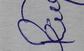
Signature authenticity: forged